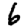
Digit: 6